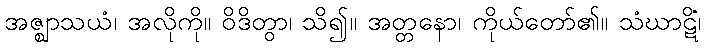
အဇ္ဈာသယံ၊ အလိုကို။ ဝိဒိတွာ၊ သိ၍။ အတ္တနော၊ ကိုယ်တော်၏။ သံဃာဋိံ၊